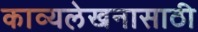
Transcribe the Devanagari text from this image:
काव्यलेखनासाठी